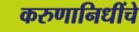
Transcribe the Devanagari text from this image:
करुणानिधींचे